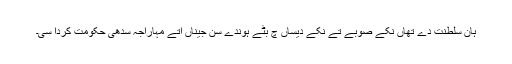
ہان سلطنت دے تھاں نکے صوبے تے نکے دیساں چ بٹے ہوندے سن جیناں اتے مہاراجہ سدھی حکومت کردا سی۔